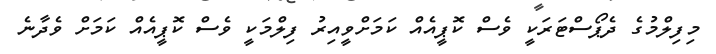
މިފިލްމުގެ ދެޕޯސްޓަރަކީ ވެސް ކޮޕީއެއް ކަމަށްވީއިރު ފިލްމަކީ ވެސް ކޮޕީއެއް ކަމަށް ވެދާނެ